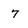
Character: 7